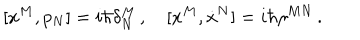
LaTeX: [ x ^ { M } , p _ { N } ] = i \hbar \delta _ { N } ^ { M } \, , \quad [ x ^ { M } , \dot { x } ^ { N } ] = i \hbar \eta ^ { M N } \, .